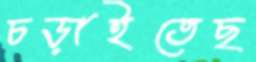
চড়াইতেছ